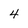
Character: 4